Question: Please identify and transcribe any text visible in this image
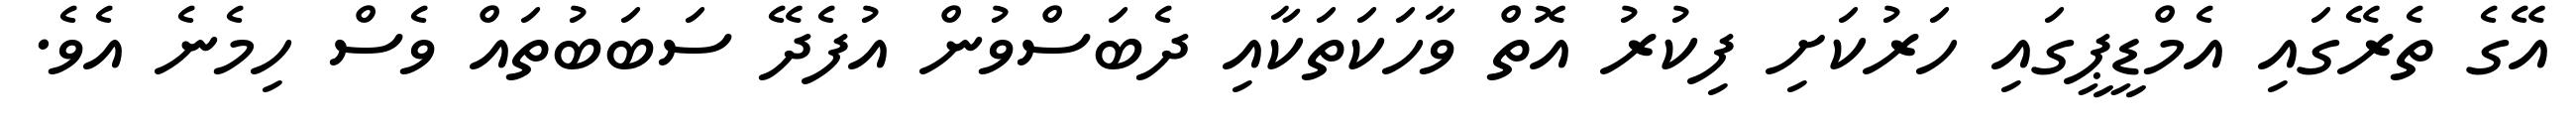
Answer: އޭގެ ތެރޭގައި އެމްޑީޕީގައި ހަރުކަށި ފިކުރު އޮތް ވާހަކަތަކާއި ދެބަސްވުން އުފެދޭ ސަބަބުތައް ވެސް ހިމެނެ އެވެ.